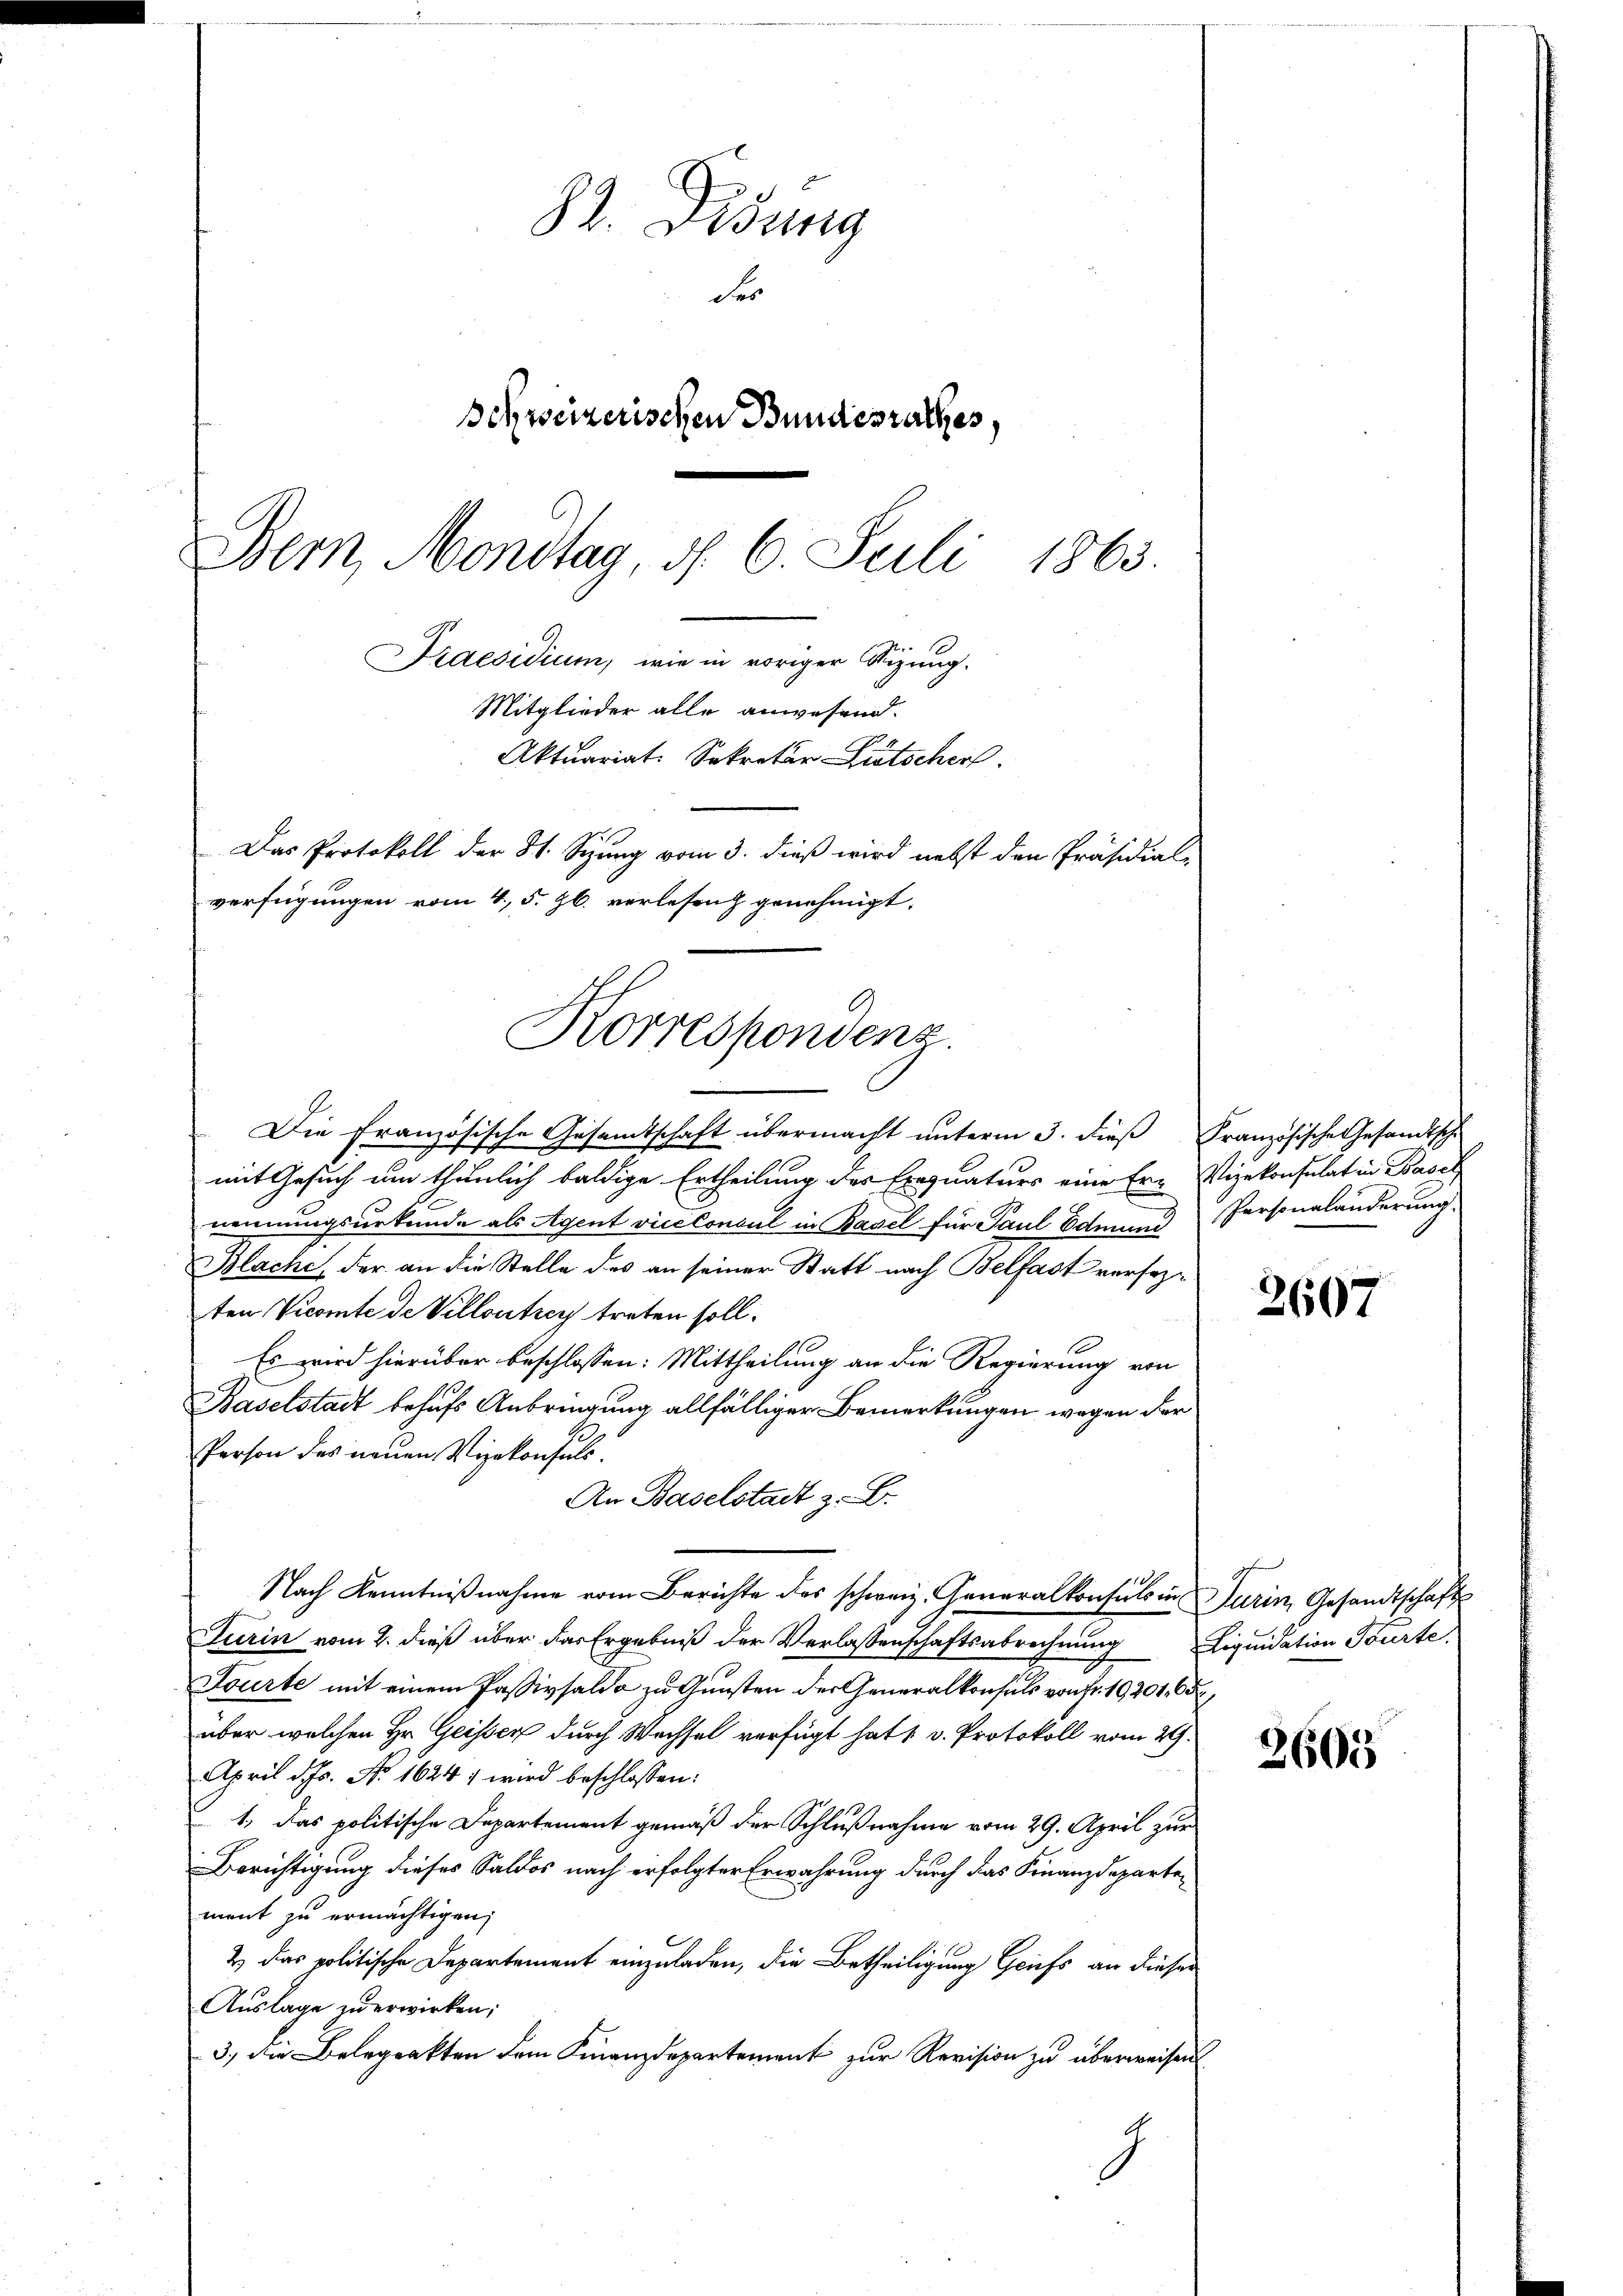
Mitglieder alle anwesend.
Aktuariat. Sekretär Lütscher
Das Protokoll der 8t. Sizung vom 3. dieß wird nebst den Präsidial-
verfügungen vom 4. 5. Jb. verlesen genehmigt.
Korrespondenz.
Die Französische Gesamtschaft übermacht unterm 3. dieß Französische Gesandtsch

82. Disung
der
Schweizerischen Bundesrathes,
Bern, Mondtag, d. 6. Juli 1863.
Kaesidium, wie in voriger Stizung.

mit Gesuch um thunlich baldige Ertheilung des Eragnaturs eine Er- Vizekonsulat in Basel
nennungsurkunde als Agent vicekonsul in Basel für Paul Edmund Personaländerung
Blache, der an die Stelle des an seiner Statt nach Belfast versezten Vicomte de Villontrey treten soll.
Es wird hierüber beschlossen: Mittheilung an die Regierung von
Baselstadt behufs Anbringung allfälliger Bemerkungen wegen der
Person des neuen Vizekonsuls.
An Baselstadt z. B.
Nach Kenntnißnahme vom Berichte des schweiz. Generalkonsuls in Turin, Gesandtschaft
Turin vom 2. dieß über das Ergebniß der Verlassenschaftsabrechnung
Sourte mit einem Passivsaldo zu Gunsten der Generalkonsuls von Fr. 19201. 65
über welchen Hr. Geisser durch Wachsel verfügt hat 1. v. Protokoll vom 29.
April d. Js. No 1624 wird beschlossen:
1., das politische Departement gemäß der Schlußnahme vom 29. April zur
Berichtigung dieses Saldos nach erfolgter Erwährung durch das Finanzdepartement zu ermächtigen,
2) das politische Departement einzuladen, die Betheiligung Griefs an dieser
Auslage zu erwirken;
3., die Belegrakten dem Finanzdepartement zur Revision zu überweisen
1

2607

2605

Liquidation Würte.